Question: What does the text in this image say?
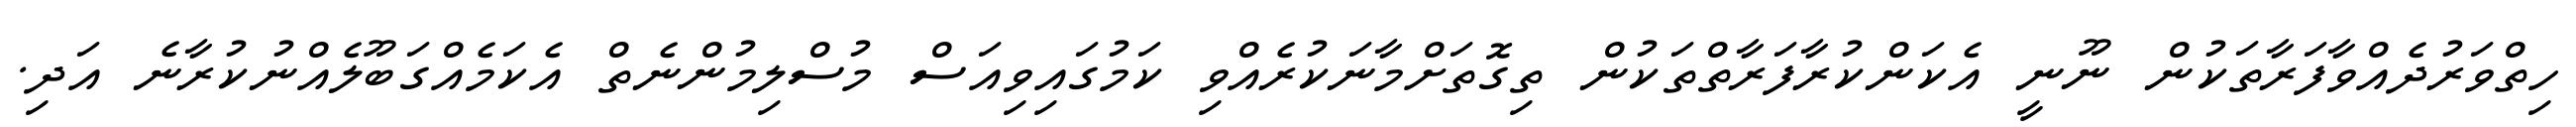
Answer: ހިތްވަރުދެއްވާފަރާތަކުން ނޫނީ އެކަންކުރާފަރާތްތަކުން ތިގޮތަށްމާނަކުރެއްވި ކަމުގައިވިއަސް މުސްލިމުންނެތް އެކަމެއްގަބޫލެއްނުކުރާނެ އަދި.